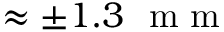
\approx \pm 1 . 3 ~ \mathrm { ~ m ~ m ~ }